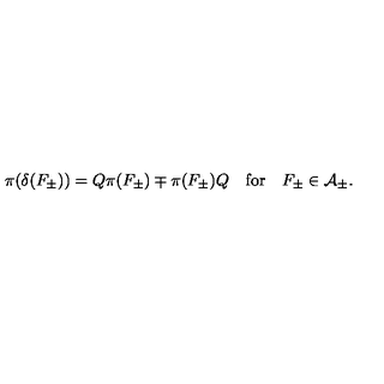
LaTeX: \pi ( \delta ( F _ { \pm } ) ) = Q \pi ( F _ { \pm } ) \mp \pi ( F _ { \pm } ) Q \quad \mathrm { f o r } \quad F _ { \pm } \in { \cal A } _ { \pm } .